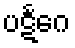
ပဋင်္ဂေ